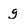
Character: g